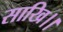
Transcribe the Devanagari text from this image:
साखि।।